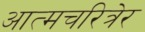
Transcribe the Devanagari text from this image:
आत्मचरित्रेर